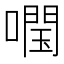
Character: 𡀊